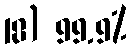
18) 99.9%